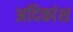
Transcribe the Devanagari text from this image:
अदिकांश